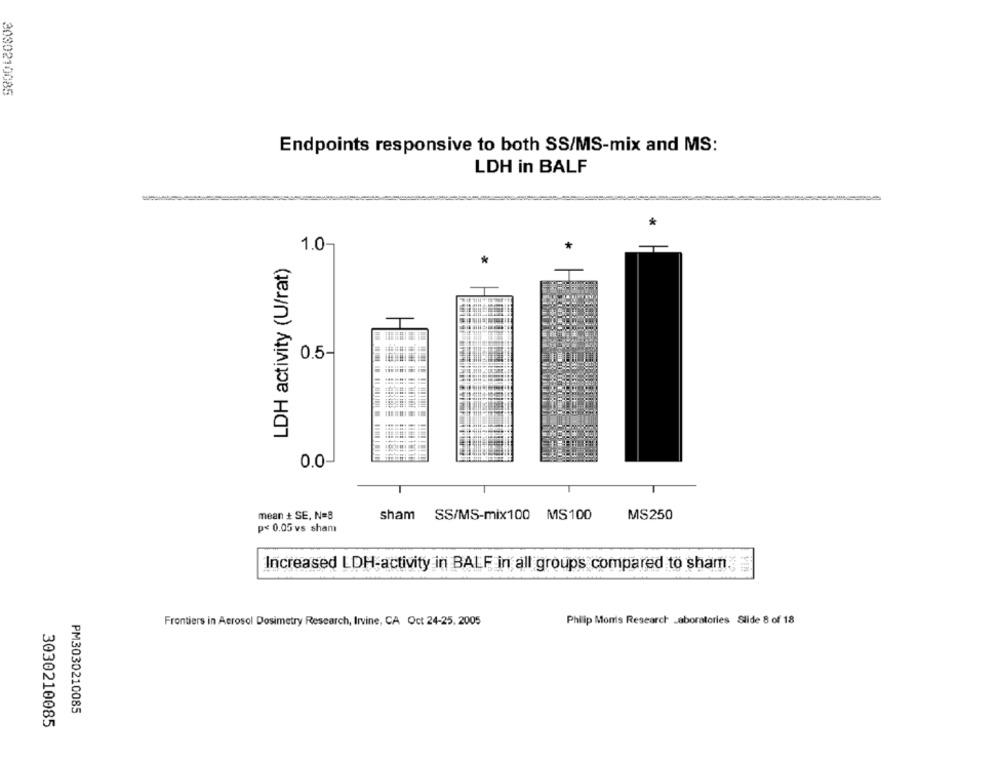
3030210085
Endpoints responsive to both SS/MS-mix and MS:
LDH in BALF
1.0-
LDH activity (U/rat)
0.5-
0.0-
mean + SE, N=8
sham SS/MS-mix100 MS100
MS250
p< 0.05 vs sham
Increased LDH-activity in BALF in all groups compared to sham.
Frontiers in Aerosol Dosimetry Research, Irvine, CA Oct 24-25, 2005
Philip Monis Research Laboratories Slide 8 of 18
PM3030210085
3030210085